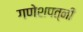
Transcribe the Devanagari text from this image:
गणेशपत्नी